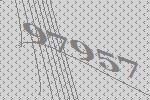
97957